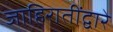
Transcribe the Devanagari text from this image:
जाहिरातींद्वारे